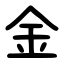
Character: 金